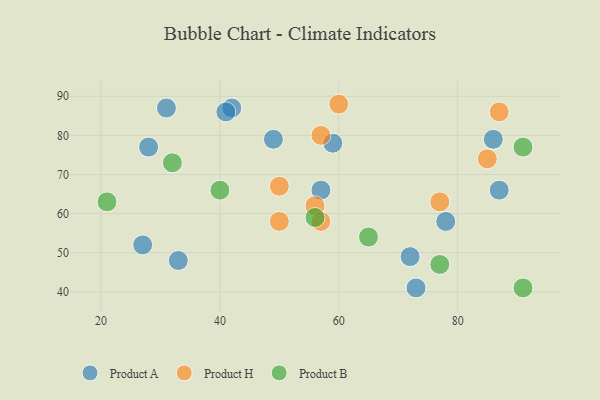
{"axis": {"x": "GDP", "y": "Life Expectancy"}, "legend": ["Product A", "Product B", "Product H"], "data": [{"x": "27", "y": 52, "type": "Product A"}, {"x": "28", "y": 77, "type": "Product A"}, {"x": "42", "y": 87, "type": "Product A"}, {"x": "49", "y": 79, "type": "Product A"}, {"x": "87", "y": 66, "type": "Product A"}, {"x": "31", "y": 87, "type": "Product A"}, {"x": "73", "y": 41, "type": "Product A"}, {"x": "57", "y": 66, "type": "Product A"}, {"x": "86", "y": 79, "type": "Product A"}, {"x": "33", "y": 48, "type": "Product A"}, {"x": "59", "y": 78, "type": "Product A"}, {"x": "72", "y": 49, "type": "Product A"}, {"x": "41", "y": 86, "type": "Product A"}, {"x": "78", "y": 58, "type": "Product A"}, {"x": "60", "y": 88, "type": "Product H"}, {"x": "87", "y": 86, "type": "Product H"}, {"x": "56", "y": 62, "type": "Product H"}, {"x": "85", "y": 74, "type": "Product H"}, {"x": "50", "y": 58, "type": "Product H"}, {"x": "57", "y": 58, "type": "Product H"}, {"x": "50", "y": 67, "type": "Product H"}, {"x": "57", "y": 80, "type": "Product H"}, {"x": "77", "y": 63, "type": "Product H"}, {"x": "21", "y": 63, "type": "Product B"}, {"x": "32", "y": 73, "type": "Product B"}, {"x": "91", "y": 77, "type": "Product B"}, {"x": "77", "y": 47, "type": "Product B"}, {"x": "91", "y": 41, "type": "Product B"}, {"x": "40", "y": 66, "type": "Product B"}, {"x": "65", "y": 54, "type": "Product B"}, {"x": "56", "y": 59, "type": "Product B"}]}